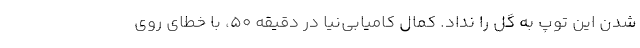
شدن این توپ به گل را نداد. کمال کامیابی‌نیا در دقیقه ۵۰، با خطای روی